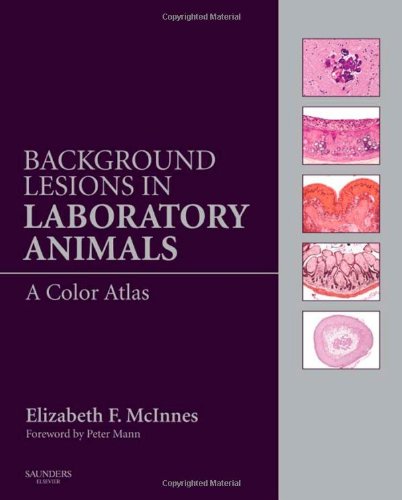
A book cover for Background Lesions in Laboratory Animals: A Color Atlas, 1e; Elizabeth Fiona McInnes BVSc  MRCVS  PhD  FRCPath; Medical Books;